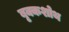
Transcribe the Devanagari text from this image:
बृक्कशोथ